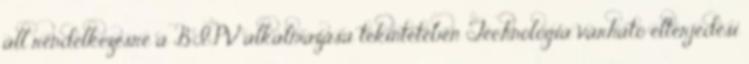
áll rendelkezésre a BIPV alkalmazása tekintetében Technológia várható elterjedési